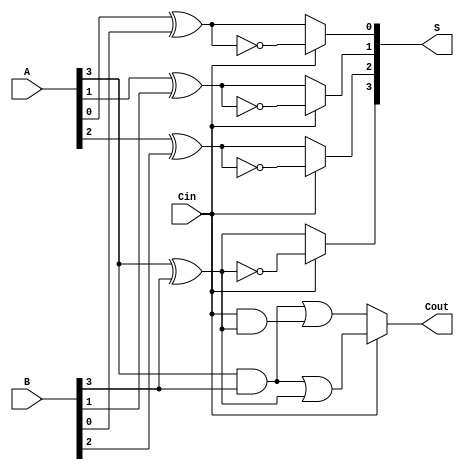
module ConditionalSumAdder #(parameter n = 4) (
    input  [n-1:0] A,      // First n-bit input
    input  [n-1:0] B,      // Second n-bit input
    input          Cin,     // Carry-in
    output [n-1:0] S,      // n-bit sum output
    output         Cout     // Carry-out
);

    wire [n-1:0] S0;       // Sum assuming carry-in = 0
    wire [n-1:0] S1;       // Sum assuming carry-in = 1
    wire [n-1:0] C0;       // Carry-out assuming carry-in = 0
    wire [n-1:0] C1;       // Carry-out assuming carry-in = 1
    wire [n-1:0] C;        // Intermediate carry signals

    // Generate sums and carries for each bit position
    genvar i;
    generate
        for (i = 0; i < n; i = i + 1) begin : CSA_bit
            // Sum assuming carry-in = 0
            assign S0[i] = A[i] ^ B[i] ^ 0;
            // Sum assuming carry-in = 1
            assign S1[i] = A[i] ^ B[i] ^ 1;

            // Carry-out assuming carry-in = 0
            assign C0[i] = (A[i] & B[i]) | (Cin & (A[i] ^ B[i]));
            // Carry-out assuming carry-in = 1
            assign C1[i] = (A[i] & B[i]) | (1 & (A[i] ^ B[i]));
        end
    endgenerate

    // Determine the final sum and carry-out
    generate
        for (i = 0; i < n; i = i + 1) begin : Select_Sum
            // Select the appropriate sum based on the carry-in
            assign S[i] = Cin ? S1[i] : S0[i];
        end
    endgenerate

    // Final carry-out is determined by the last carry-out
    assign Cout = Cin ? C1[n-1] : C0[n-1];

endmodule